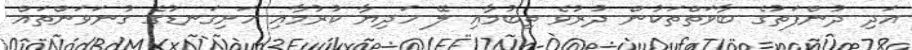
އަދި ދުންފަތުގެ ބާވަތްތަކުން ދުރުވެ ތިބުމާއި ލޭ ހަދިޔާ ކުރުމާއި ހަށިގަނޑުގެ ގުނަވަންތައް